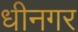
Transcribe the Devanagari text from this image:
धीनगर